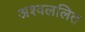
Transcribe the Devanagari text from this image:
अश्वललित